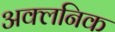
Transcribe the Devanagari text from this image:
अक्लनिक